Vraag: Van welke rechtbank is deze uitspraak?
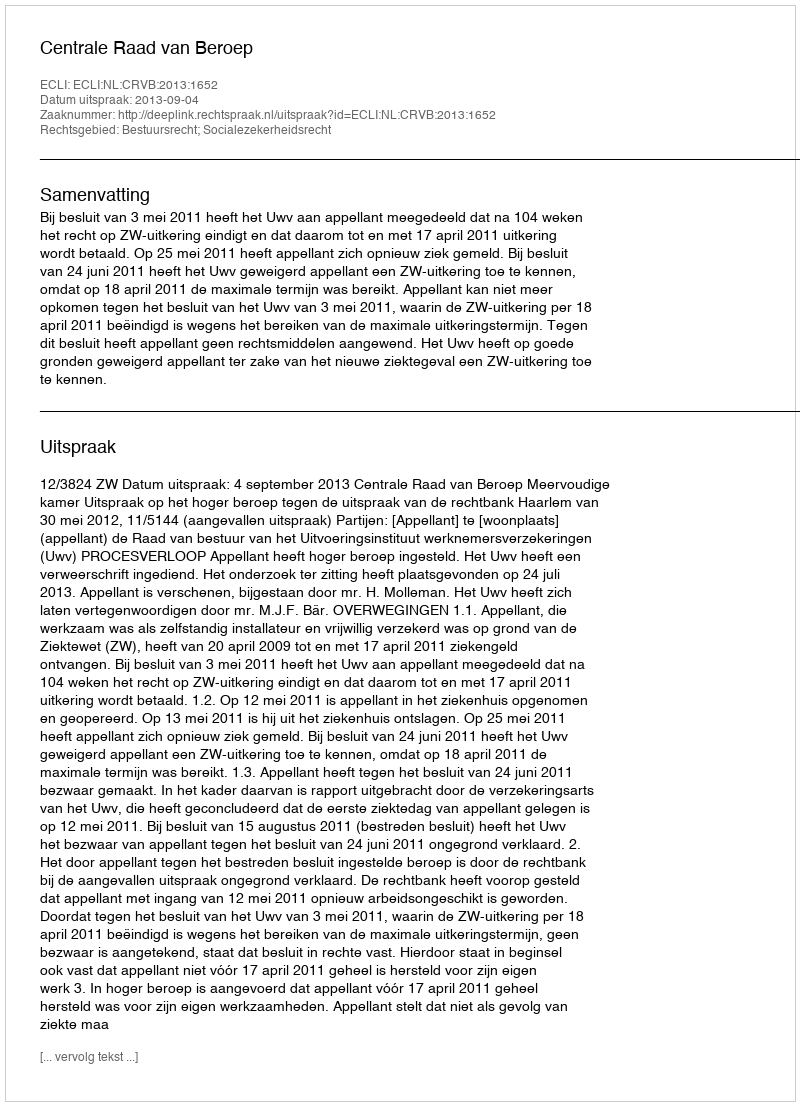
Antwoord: Centrale Raad van Beroep